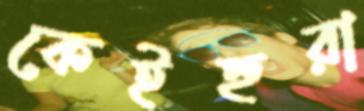
কেইহুরা